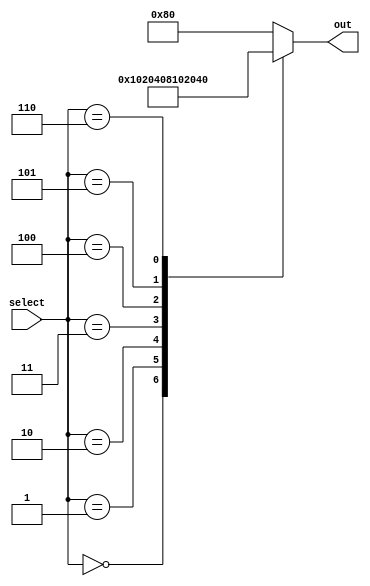
module generate_case (
    input [2:0] select,
    output reg [7:0] out
);

always @(*)
begin
    case(select)
        3'b000 : out = 8'b00000001;
        3'b001 : out = 8'b00000010;
        3'b010 : out = 8'b00000100;
        3'b011 : out = 8'b00001000;
        3'b100 : out = 8'b00010000;
        3'b101 : out = 8'b00100000;
        3'b110 : out = 8'b01000000;
        default : out = 8'b10000000;
    endcase
end

endmodule